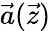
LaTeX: \vec{a}(\vec{z})